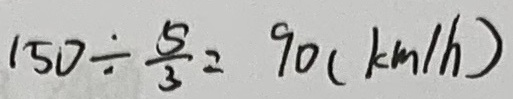
1 5 0 \div \frac { 5 } { 3 } = 9 0 ( k m / h )